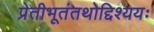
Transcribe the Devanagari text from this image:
प्रेतीभूतंतथोद्दिश्ययः